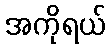
အကိုရယ်